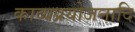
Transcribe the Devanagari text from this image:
काव्यप्रयोजनादि